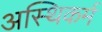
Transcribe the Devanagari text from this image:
अस्थिकर्म